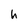
Character: h